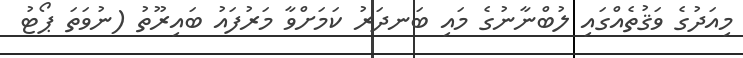
މިއަދުގެ ވަޤުތެއްގައި ލުބްނާނުގެ މައި ބަނދަރު ކަމަށްވާ މަރުފައު ބައިރޫތު (ނުވަތަ ޕޯޓު